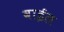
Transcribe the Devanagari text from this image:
वाईल